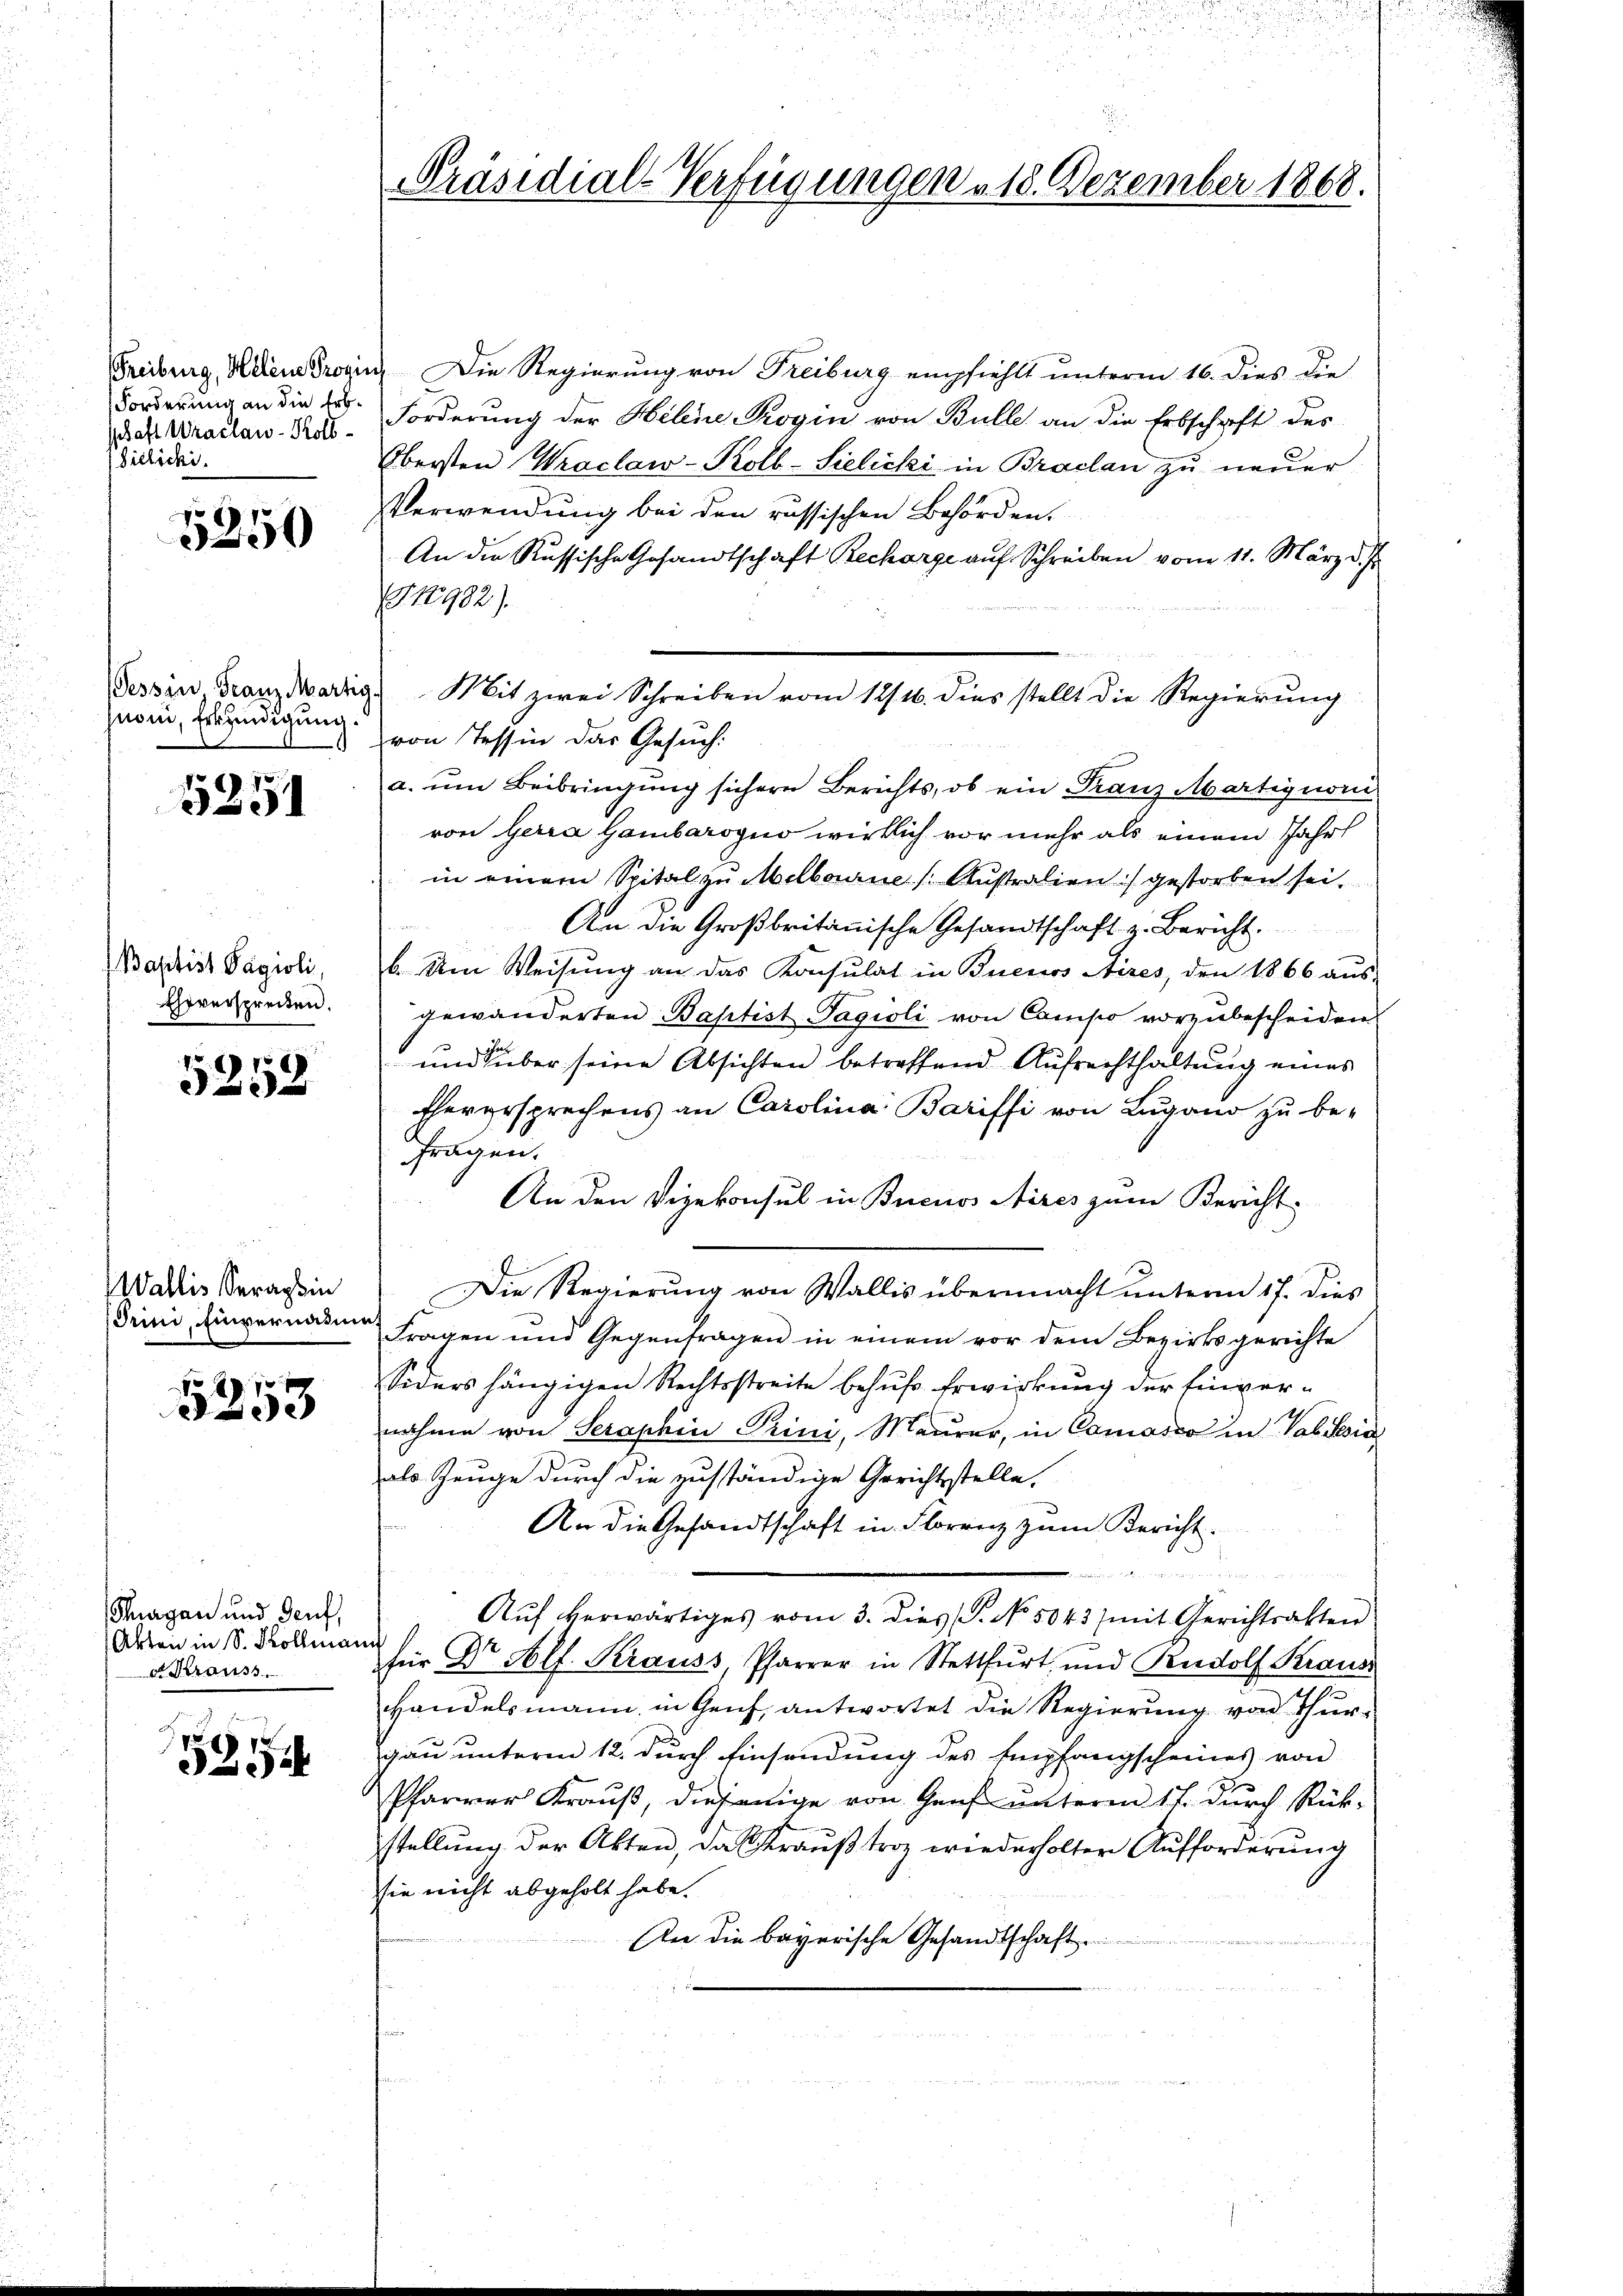
Forderung an die Erbschaft Uraclaw-Koll¬
Sielichi.

3250

juvini, Erkundigung.

5251

Baptist Pagioli
Eheversprechen.

5252

Wallis Serags in
Trini, Einvernatmet

29 10 x
e

Thurgau und Genf,
Akten in S. Kollmann
e Krauss

5854

Freiburg, Helene Provin, Die Regierung von Treiburg empfiehlt unterm 16. dies die
Forderung der Helene Rogin von Bulle an die Erbschrift des
Obersten Wraclaw-Kolb-Siclicki in Braclan zu neuer
Verwendung bei den russischen Behörden.
An die Russische Gesandtschaft Recharge aŭf Schreiben vom 11. März d. J.
(G12982).
Tessin, Franz Martig. Mit zwei Schreiben vom 12/16. dies stellt die Regierŭng
von Tessin das Gesuch:
a. ŭm Beibringung sichern Berichts, ob ein Franz Martignori
von Gerra Gambaroyno wirklich vor mehr als einem Jahr
in einem Spital zu Melbourne Australien) gestorben sei.
An die Großbritanische Gesandtschaft z. Bericht.
b. Um Weisung an das Konsulat in Buenos Aires, den 1866 aus-
gewänderten Baptist Tagioli von Compo vorzubescheiden
und über seine Absichten betreffend Aufrechthaltung eines
Eherersprechens an Carolina Bariffi von Lugano zu be-
fragen.
An den Vizekonsul in Buenos Aires zum Bericht
Die Regierung von Wallis übermacht unterm 17. dies
Fragen und Gegenfragen in einem vor dem Bezirksgerichte
Siders hängigen Rechtsstreite behufs Erwirkung der Einvernahme von Seraphen Trini, Maurer, in Camasco in Valesia
als Zeuge durch die zuständige Gerichtstelle.
An die Gesandtschaft in Florenz zum Bericht.
.
Auf verwärtiges vom 3. dies P. No. 5043) mit Gerichtsalten
für Dr Alf. Krauss, Pfarrer in Stettfurt und Rudolf Kraus
Handelsmann in Genf, antwortet die Regierung von Thurgau unterm 12. durch Einsendung des Empfangscheines von
Pfarrer Krauß, diejenige von Genf unterm 17. durch Rück-
stellung der Akten, das Veraustroz wiederholter Aufforderung
sie nicht abgeholt habe.
An die bayerische Gesandtschaft.

.
Präsidial-Verfügungen 18. Dezember 1868.